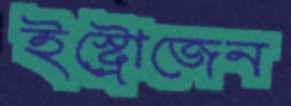
ইস্ট্রোজেন